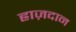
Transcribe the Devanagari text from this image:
ह्राज़दान